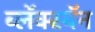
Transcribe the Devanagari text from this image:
ब्लॅक्स्वॅन